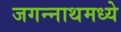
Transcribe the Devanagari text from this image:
जगन्‍नाथमध्ये